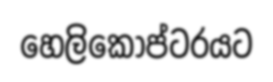
හෙලිකොප්ටරයට